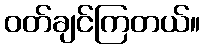
ဝတ်ချင်ကြတယ်။